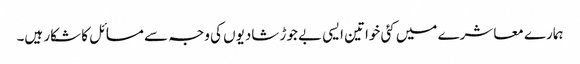
ہمارے معاشرے میں کئی خواتین ایسی بے جوڑ شادیوں کی وجہ سے مسائل کا شکار ہیں۔